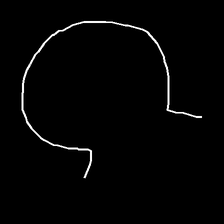
Glyph: weave